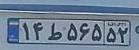
۱۴ط۵۶۵۵۲